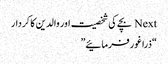
Next بچے کی شخصیت اور والدین کا کردار
“ذرا غور فرمائیے”